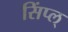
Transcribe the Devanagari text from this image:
सिंप्ल्